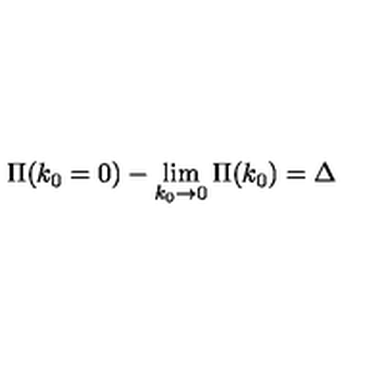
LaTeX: \Pi ( k _ { 0 } = 0 ) - \lim _ { k _ { 0 } \rightarrow 0 } \Pi ( k _ { 0 } ) = \Delta